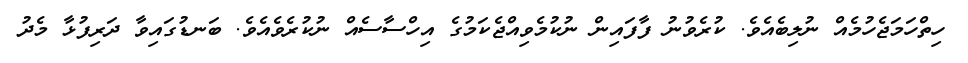
ހިތްހަމަޖެހުމެއް ނުލިބެއެވެ. ކުރެވުނު ފާފައިން ނުކުމެވިއްޖެކަމުގެ އިހްސާސެއް ނުކުރެވެއެވެ. ބަނޑުގައިވާ ދަރިފުޅާ މެދު